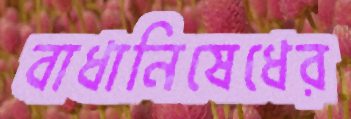
বাধানিষেধের